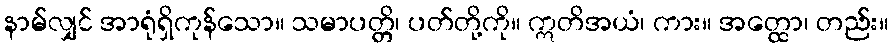
နာမ်လျှင် အာရုံရှိကုန်သော။ သမာပတ္တိ၊ ပတ်တို့ကို။ ဣတိအယံ၊ ကား။ အတ္ထော၊ တည်း။